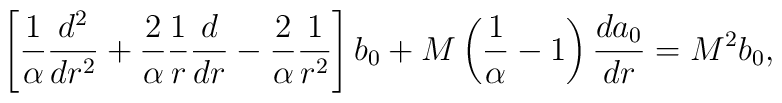
\left[{1\over \alpha}{d^{2}\over dr^{2}}+{2\over \alpha}{1\over r}{d\over dr}-{2\over \alpha}{1\over r^{2}}\right]b_{0}+M \left({1\over \alpha}-1 \right){da_{0}\over dr}=M^{2} b_{0},